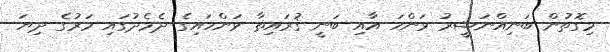
މިގޮތުން ބަނިއްނަޟީރު ވަންހަ އާއި ބަނީ ޤުރައިޡާ ވަންހައިގެ ދެމެދުގައި މަރުގެ ދިޔަ